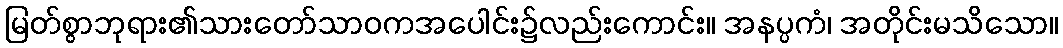
မြတ်စွာဘုရား၏သားတော်သာဝကအပေါင်း၌လည်းကောင်း။ အနပ္ပကံ၊ အတိုင်းမသိသော။